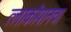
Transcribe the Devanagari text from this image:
त्लाकोपानचा